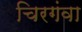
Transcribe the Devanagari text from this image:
चिरगंवा